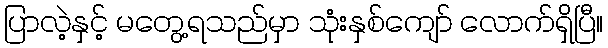
ပြာလဲ့နှင့် မတွေ့ရသည်မှာ သုံးနှစ်ကျော် လောက်ရှိပြီ။